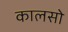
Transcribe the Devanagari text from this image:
कालसो